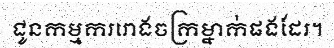
ជូនកម្មកររោងចក្រម្នាក់ផងដែរ។